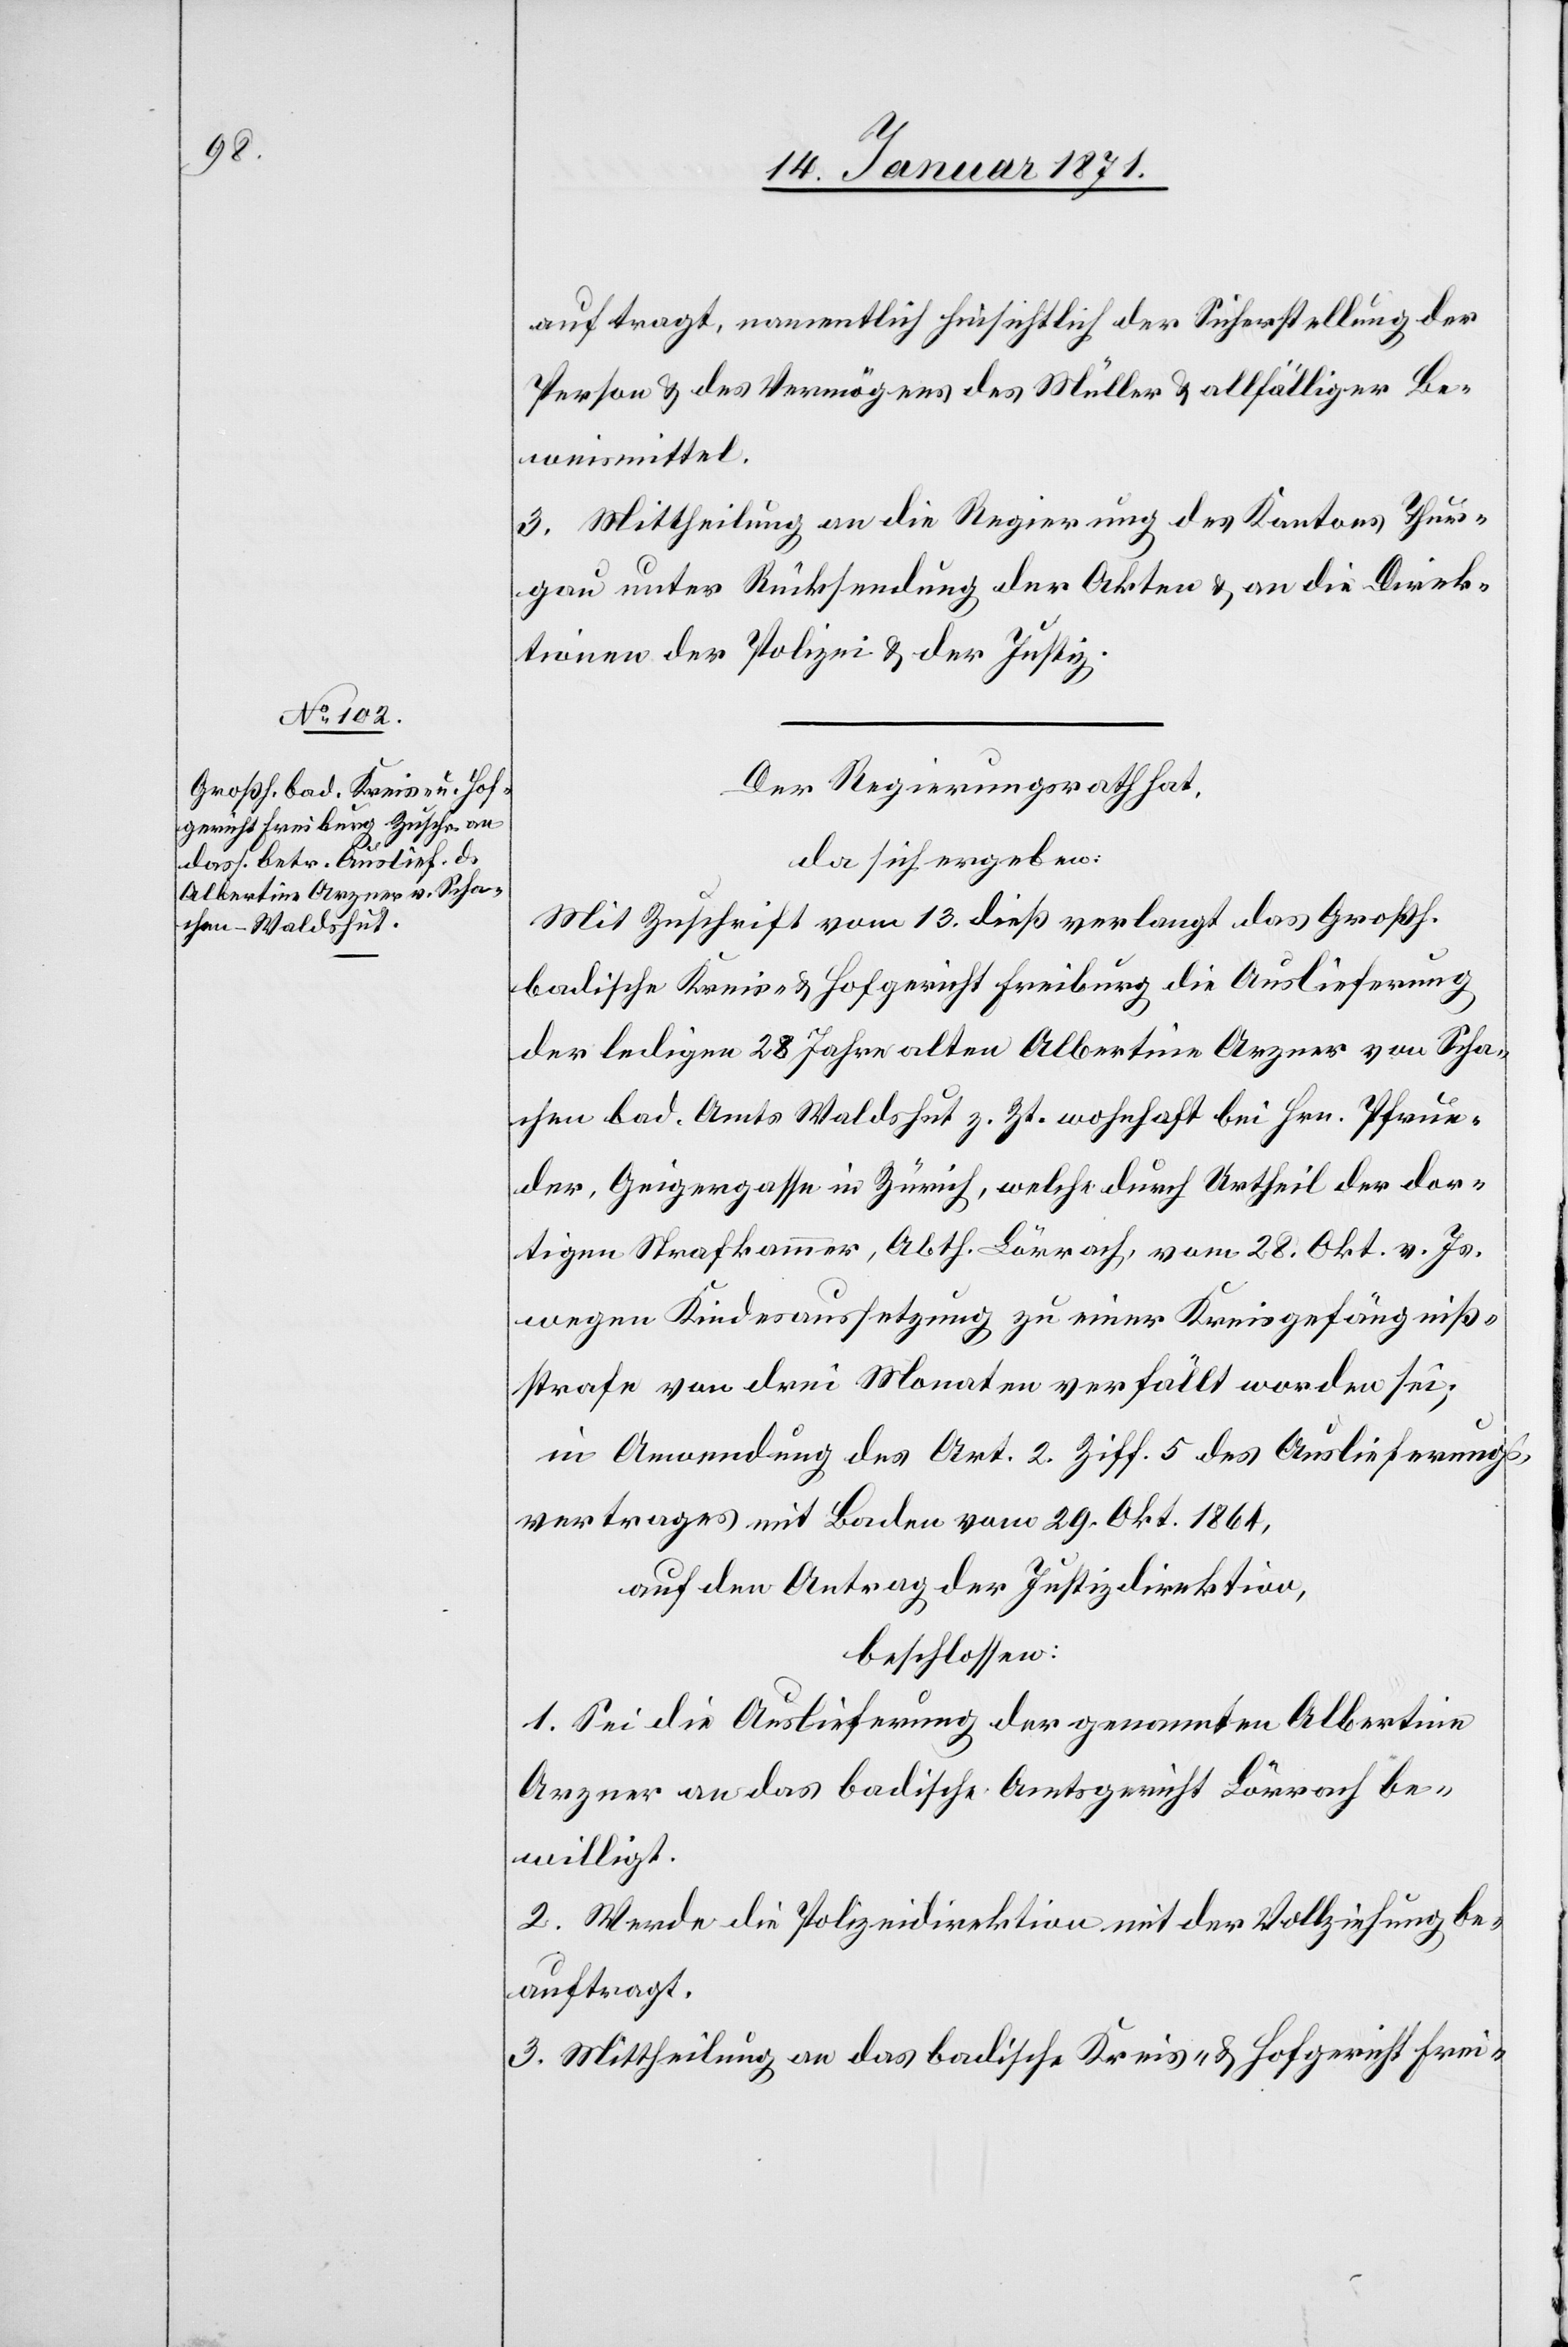
17. Januar 1871]
auftragt, namentlich hinsichtlich der Sicherstellung der
Person u. des Vermögens des Müller u. allfälliger Be¬
weismittel.
3. Mittheilung an die Regierung des Kantons Thur¬
gau unter Rücksendung der Akten u. an die Direk¬
tionen der Polizei u. der Justiz.
Der Regierungsrath hat,
da sich ergeben:
Mit Zuschrift vom 13. dieß verlangt das Großh.
badische Kreis- und Hofgericht Freiburg die Auslieferung
der ledigen 28 Jahre alten Albertine Arzner von Scha¬
chen bad. Amts Waldshut z. Zt. wohnhaft bei Hrn. Pfrun¬
der, Geigergasse in Zürich, welche durch Urtheil der dor¬
tigen Strafkammer, Abth. Lörrach, vom 28. Okt. v. Js.
wegen Kindesaussetzung zu einer Kreisgefängniß¬
strafe von drei Monaten verfällt worden sei;
in Anwendung des Art. 2. Ziff. 5 des Auslieferungs¬
vertrages mit Baden vom 29.Okt. 1864,
auf den Antrag der Justizdirektion,
beschlossen:
1. Sei die Auslieferung der genannten Albertine
Arzner an das badische Amtsgericht Lörrach be¬
willigt.
2. Werde die Polizeidirektion mit der Vollziehung be¬
auftragt.
3. Mittheilung an das badische Kreis- und Hofgericht Frei-